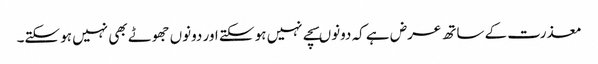
معذرت کے ساتھ عرض ہے کہ دونوںسچے نہیں ہو سکتے اور دونوں جھوٹے بھی نہیں ہو سکتے۔